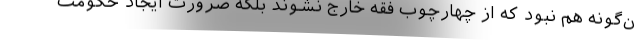
ن‌گونه هم نبود که از چهارچوب فقه خارج نشوند بلکه ضرورت ایجاد حکومت